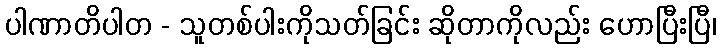
ပါဏာတိပါတ - သူတစ်ပါးကိုသတ်ခြင်း ဆိုတာကိုလည်း ဟောပြီးပြီ၊